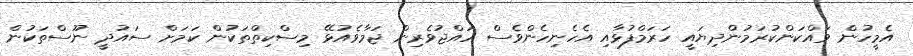
އެމީހުން ވައްކަންކުރަމުންދިޔައީ ހަރަމްފުޅާއި އެހެނިހެންވެސް ހައްޖުވެރިން ޖަމާވެއުޅޭ މިސްކިތްތަކުން ކަމަށް ސައުދީ ނޫސްތަކުން